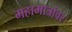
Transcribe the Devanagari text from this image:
महामात्रांवर